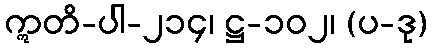
ဣတိ-ပါ-၂၁၄၊ ဋ္ဌ-၁၀၂၊ (ပ-ဒု)